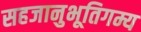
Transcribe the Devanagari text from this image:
सहजानुभूतिगम्य